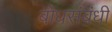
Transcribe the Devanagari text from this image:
बोधसंबंधी